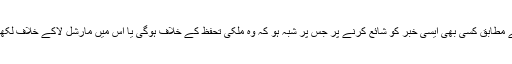
مارشل لا کے حکم نامے نمبر 49 کے مطابق کسی بھی ایسی خبر کو شائع کرنے پر جس پر شبہ ہو کہ وہ ملکی تحفظ کے خلاف ہوگی یا اس میں مارشل لاکے خلاف لکھا گیا ہوگا قید کی سزا سنائی جائے گی۔